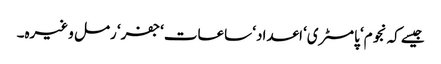
جیسے کہ نجوم‘ پامسٹری‘ اعداد‘ ساعات‘ جفر‘ رمل وغیرہ۔